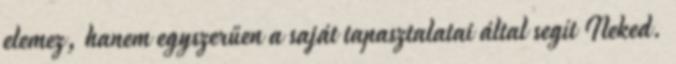
elemez, hanem egyszerűen a saját tapasztalatai által segít Neked.